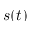
s ( t )